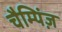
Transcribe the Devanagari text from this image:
चैम्पिंज़